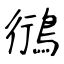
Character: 鴴